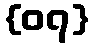
{၀၇}